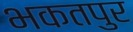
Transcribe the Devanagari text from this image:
भकतपुर